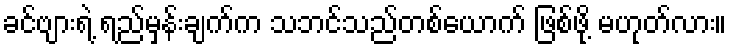
ခင်ဗျားရဲ့ ရည်မှန်းချက်က သဘင်သည်တစ်ယောက် ဖြစ်ဖို့ မဟုတ်လား။